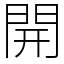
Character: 開